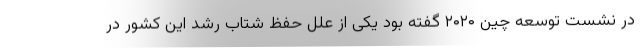
در نشست توسعه چین ۲۰۲۰ گفته بود یکی از علل حفظ شتاب رشد این کشور در